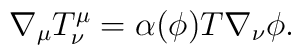
\nabla_{\mu} T ^{\mu}_{\nu}=\alpha (\phi)T\nabla _{\nu} \phi .